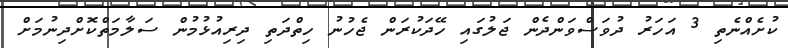
ކުށެއްނެތި 3 އަހަރު ދުވަސްވަންދެން ޖަލުގައި ހޭދަކުރަން ޖެހުނު ހިތްދަތި ދިރިއުޅުމުން ސަލާމަތްކޮށްދިނުމަށް